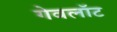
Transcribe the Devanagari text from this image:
गेवलॉट